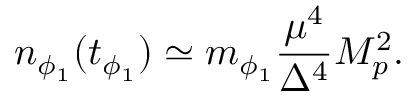
n _ { \phi _ { 1 } } ( t _ { \phi _ { 1 } } ) \simeq m _ { \phi _ { 1 } } \frac { \mu ^ { 4 } } { \Delta ^ { 4 } } M _ { p } ^ { 2 } .